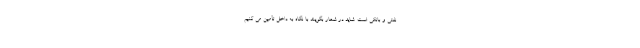
نفتی و بانکی است. شاید در شعار بگویند با نگاه به داخل تأمین می کنیم